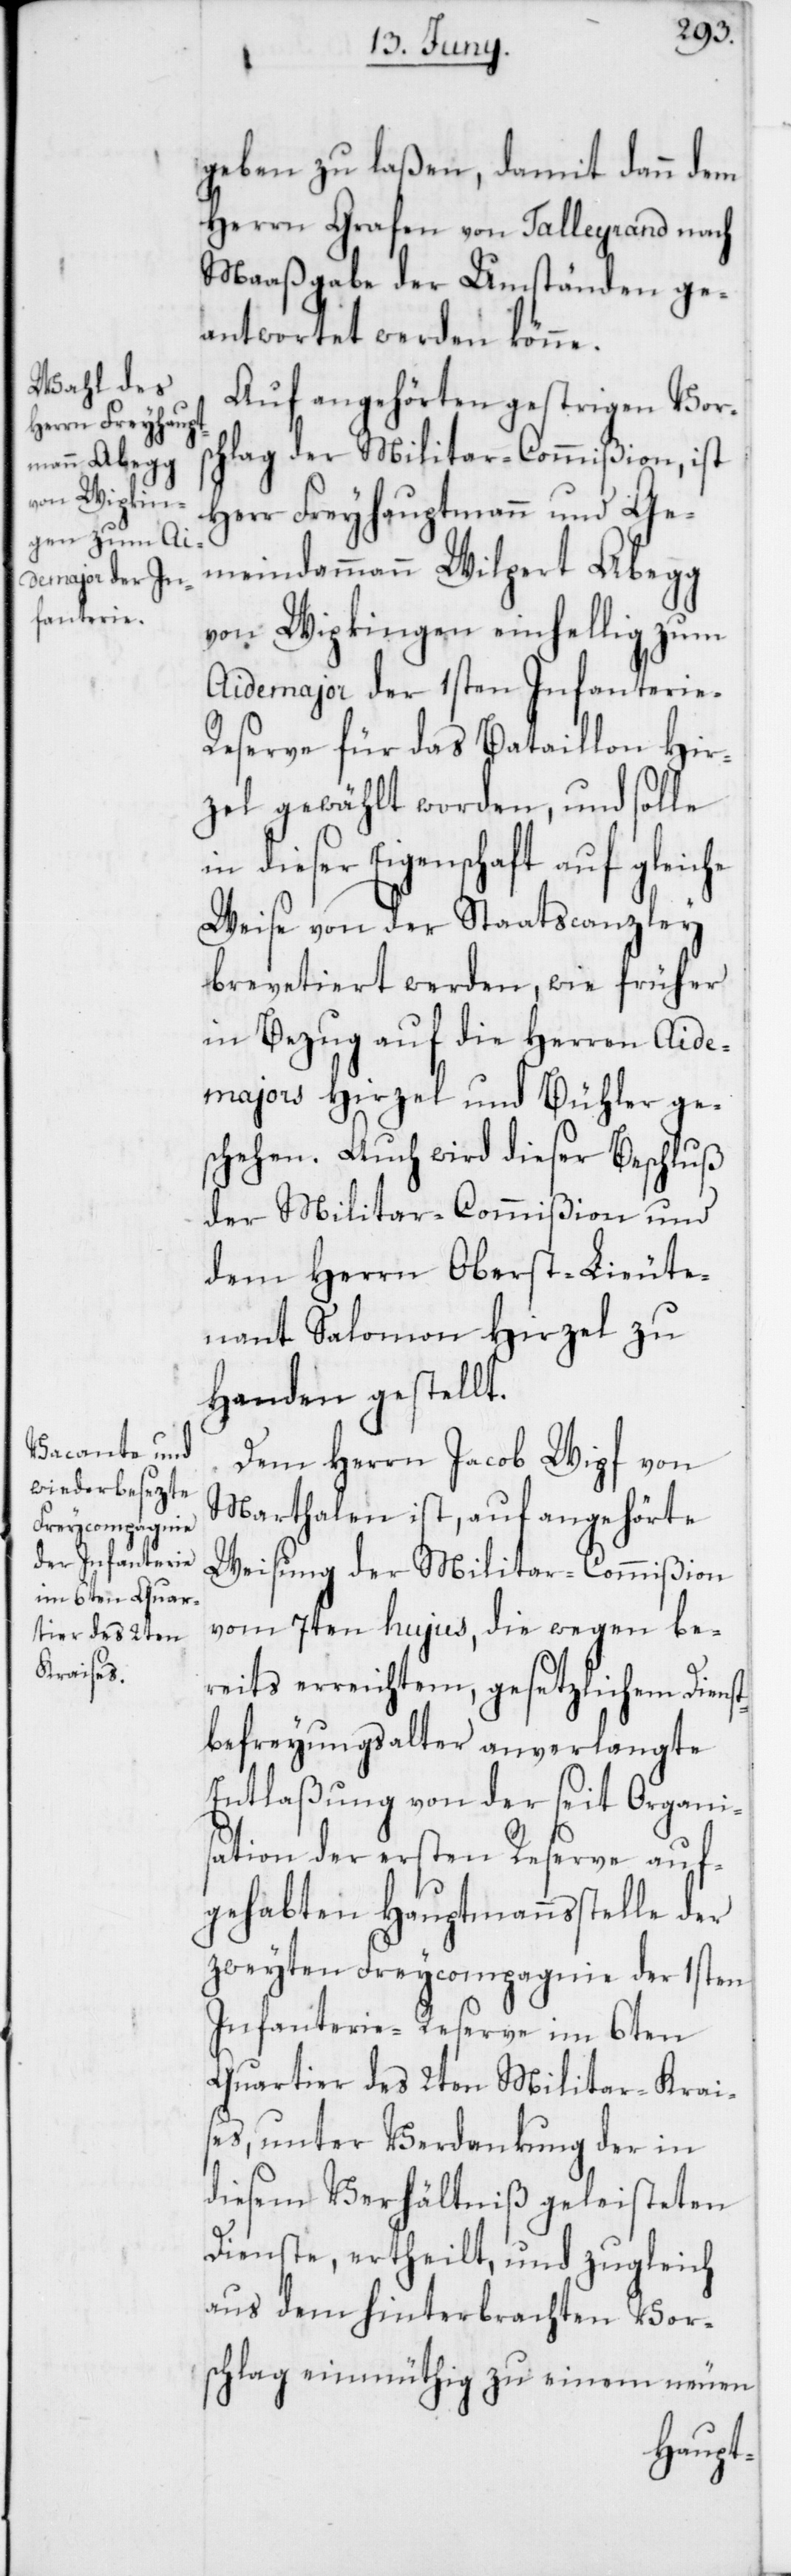
geben zu laßen, damit dann dem
Herrn Grafen von Talleyrand nach
Maaßgabe der Umständen ge¬
antwortet werden könne.
Auf angehörten gestrigen Vors¬
chlag der Militar-Commißion, ist
Herr Freyhauptmann und Ge¬
meindammann Wilpert Abegg
von Wipkingen einhellig zum
Aidemajor der 1sten Infanterie-R¬
eserve für das Bataillon Hir¬
zel gewählt worden, und solle
dieser Eigenschaft auf gleic¬
Weise von der Staatscanzley
brevetiert werden, wie früher
in Bezug auf die Herren Aide¬
majors Hirzel und Bühler ge¬
schehen. Auch wird dieser Beschluß
der Militar-Commißion und
dem Herrn Oberst-Lieute¬
nant Salomon Hirzel zu
Handen gestellt.
Dem Herrn Jacob Wipf von
Marthalen ist, auf angehörte
Weisung der Militar-Commißion
vom 7ten hujus, die wegen be¬
reits erreichtem, gesetzlichem Dienst¬
befreyungsalter anverlangte
Entlaßung von der seit Organi¬
sation der ersten Reserve auf¬
gehabten Hauptmannsstelle der
zweyten Freycompagnie der 1sten
Infanterie-Reserve im 6ten
Quartier des 2ten Militar-Krai¬
ses, unter Verdankung der in
diesem Verhältniß geleisteten
Dienste, ertheilt, und zugleich
aus dem hinterbrachten Vor¬
schlag einmüthig zu einem neuen
he